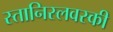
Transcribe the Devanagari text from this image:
स्तानिस्लवस्की